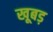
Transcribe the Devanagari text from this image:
खूबड़